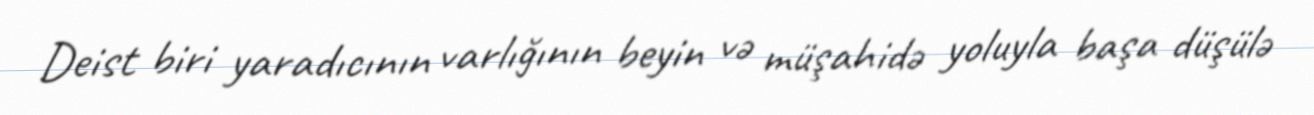
Deist biri yaradıcının varlığının beyin və müşahidə yoluyla başa düşülə